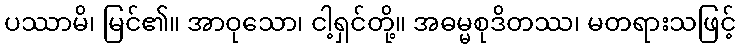
ပဿာမိ၊ မြင်၏။ အာဝုသော၊ ငါ့ရှင်တို့။ အဓမ္မစုဒိတဿ၊ မတရားသဖြင့်